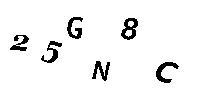
25GN8C